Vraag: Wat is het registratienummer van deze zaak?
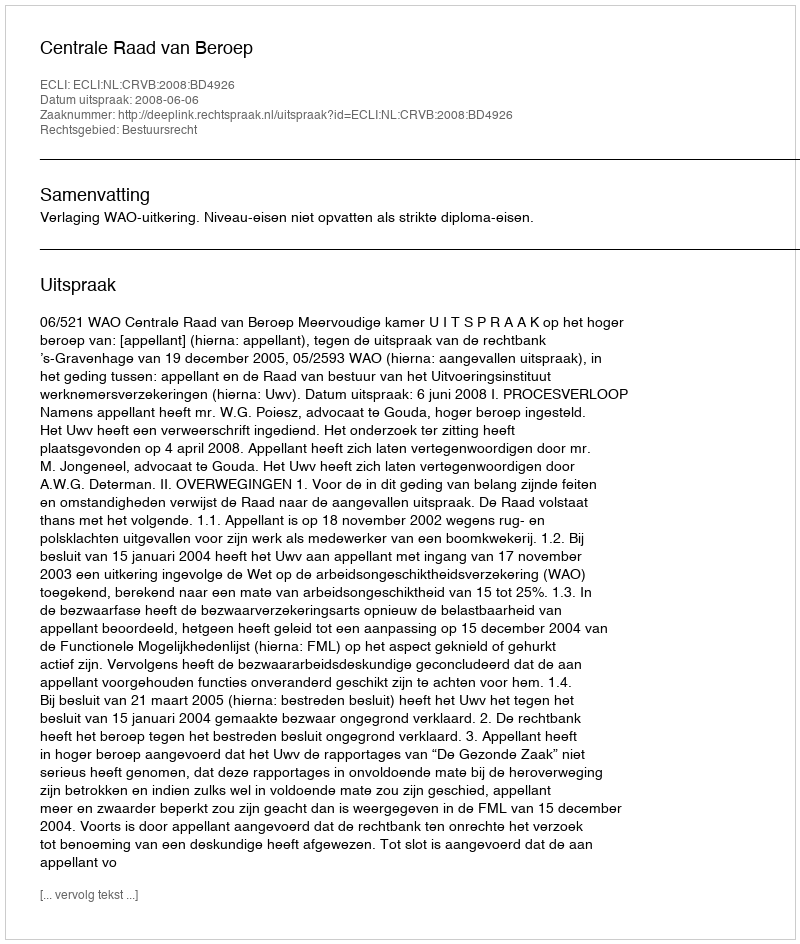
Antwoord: http://deeplink.rechtspraak.nl/uitspraak?id=ECLI:NL:CRVB:2008:BD4926